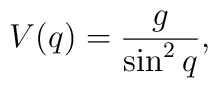
V(q) = \frac{g}{\sin^2 q},